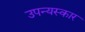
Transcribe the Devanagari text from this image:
उपन्यस्कार